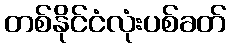
တစ်နိုင်ငံလုံးပစ်ခတ်